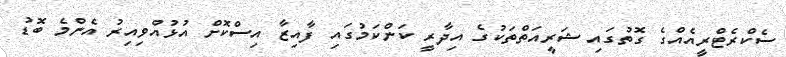
ސެކްރެޓްރީއެއްގެ ގޮތުގައި ޝަރީއަތްތަކުގެ އިދާރީ ކަންކަމުގައި ފާއިޒާ އިސްކޮށް އުޅުއްވިއިރު އެންމެ ބޮޑު